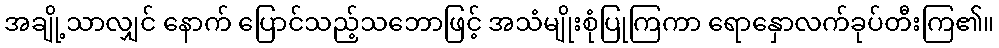
အချို့သာလျှင် နောက် ပြောင်သည့်သဘောဖြင့် အသံမျိုးစုံပြုကြကာ ရောနှောလက်ခုပ်တီးကြ၏။